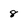
Character: 8